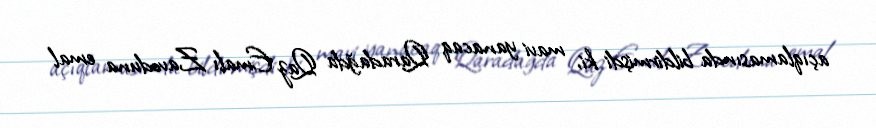
açıqlamasında bildirmişdi ki, mavi yanacaq Qaradağda Qaz Emalı Zavoduna emal